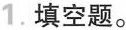
1.填空题。